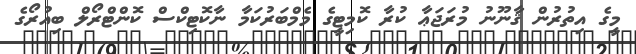
މީގެ އިތުރުން ޤާނޫނު މުރަޖަޢާ ކުރާ ކޮމިޓީގެ މެމްބަރުކަމާ ނާކޮޓިކްސް ކޮންޓްރޯލް ބިއުރޯގެ